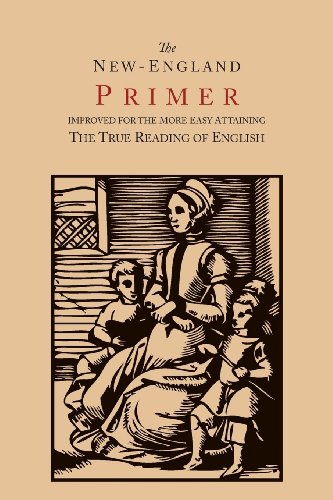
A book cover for The New-England Primer [1777 Facsimile]: Improved for the More Easy Attaining the True Reading of English; John Cotton; Christian Books & Bibles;